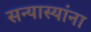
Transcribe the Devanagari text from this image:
सन्यास्यांना